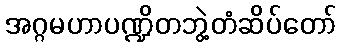
အဂ္ဂမဟာပဏ္ဍိတဘွဲ့တံဆိပ်တော်